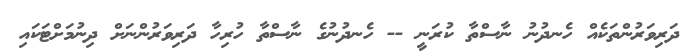
ދަރިވަރުންތަކެއް ހެނދުނު ނާސްތާ ކުރަނީ -- ހެނދުނުގެ ނާސްތާ ހުރިހާ ދަރިވަރުންނަށް ދިނުމަށްޓަކައި